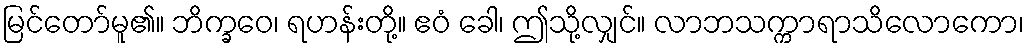
မြင်တော်မူ၏။ ဘိက္ခဝေ၊ ရဟန်းတို့။ ဧဝံ ခေါ၊ ဤသို့လျှင်။ လာဘသက္ကာရာသိလောကော၊